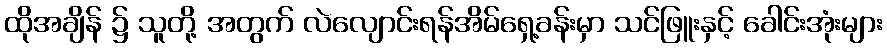
ထိုအချိန် ၌ သူတို့ အတွက် လဲလျောင်းရန်အိမ်ရှေ့ခန်းမှာ သင်ဖြူးနှင့် ခေါင်းအုံးများ